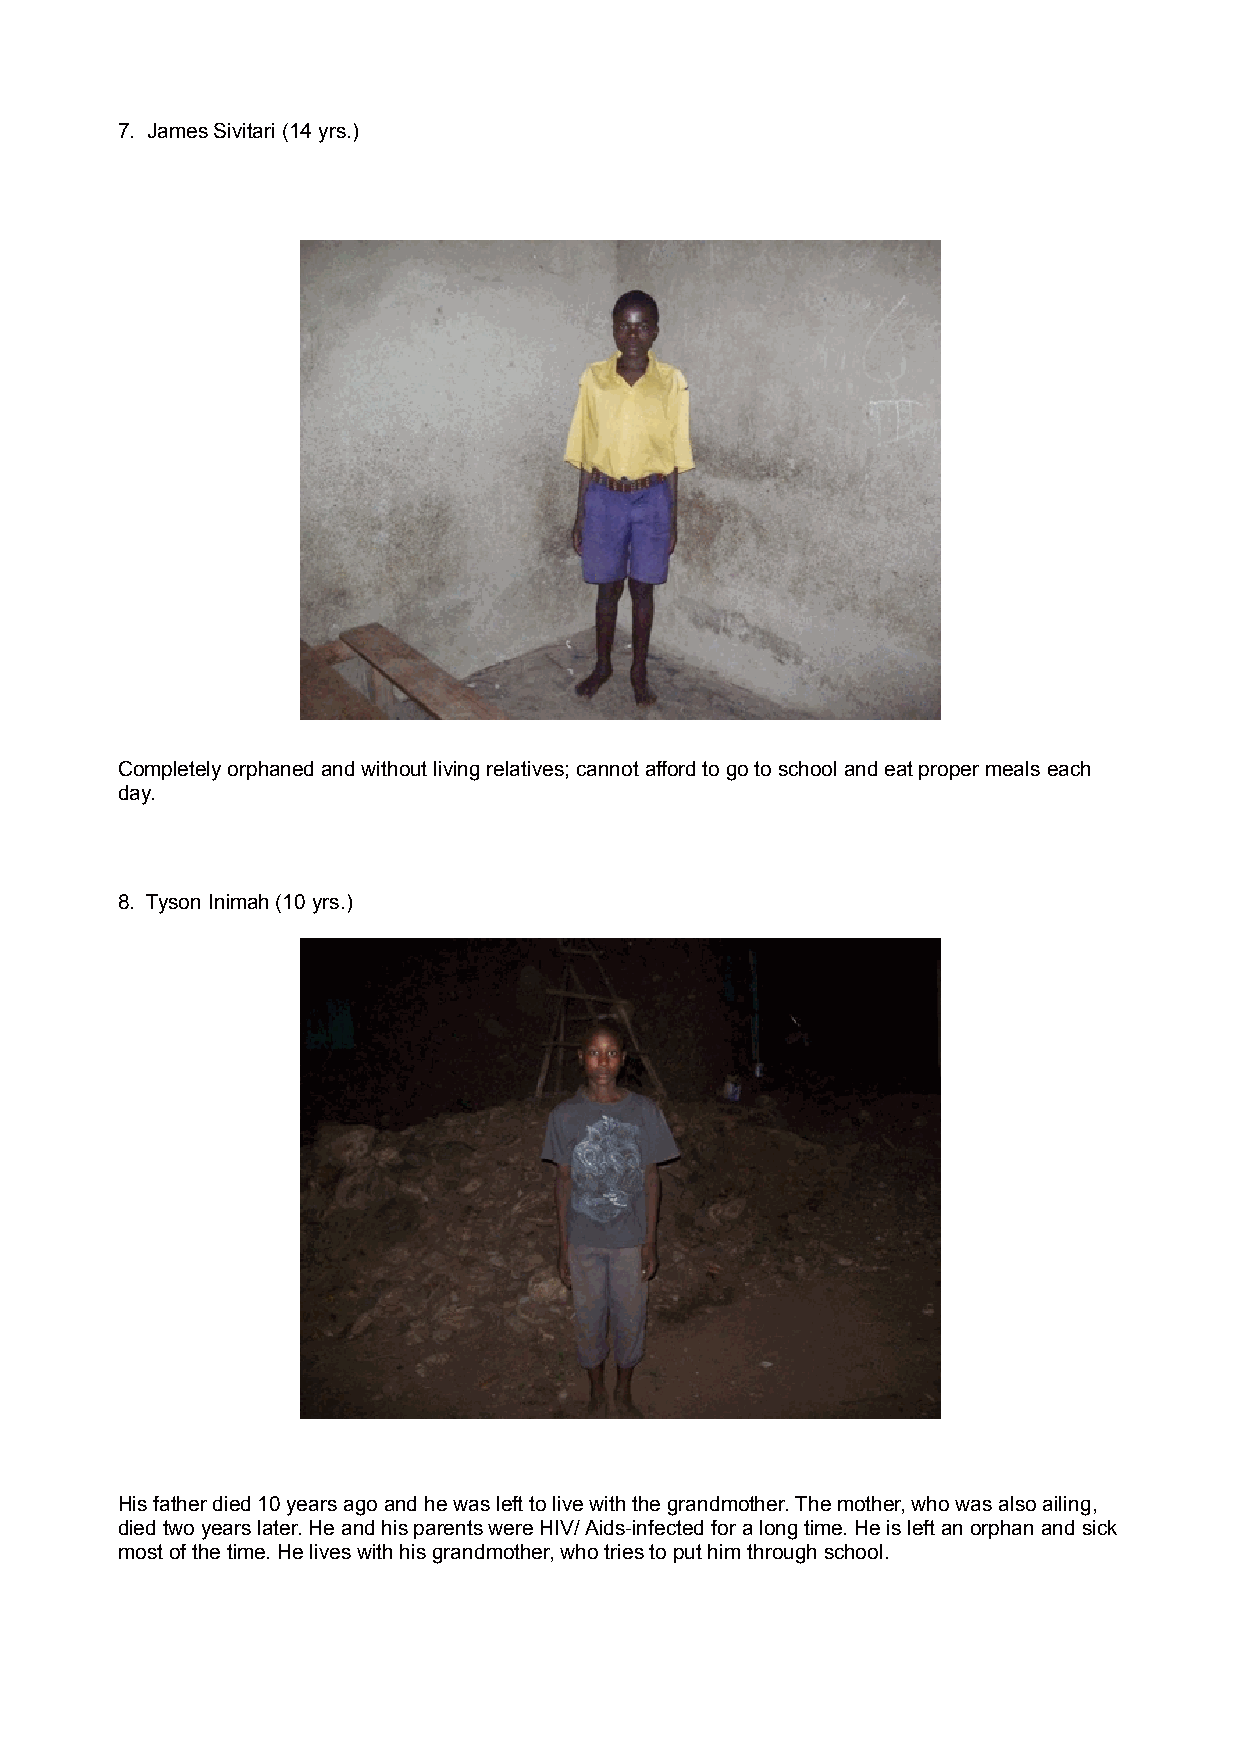
7. James Sivitari (14 yrs.)
 Completely orphaned and without living relatives; cannot afford to go to school and eat proper meals each
 day.
 8. Tyson Inimah (10 yrs.)
 His father died 10 years ago and he was left to live with the grandmother. The mother, who was also ailing,
 died two years later. He and his parents were HIV/ Aids-infected for a long time. He is left an orphan and sick
 most of the time. He lives with his grandmother, who tries to put him through school.